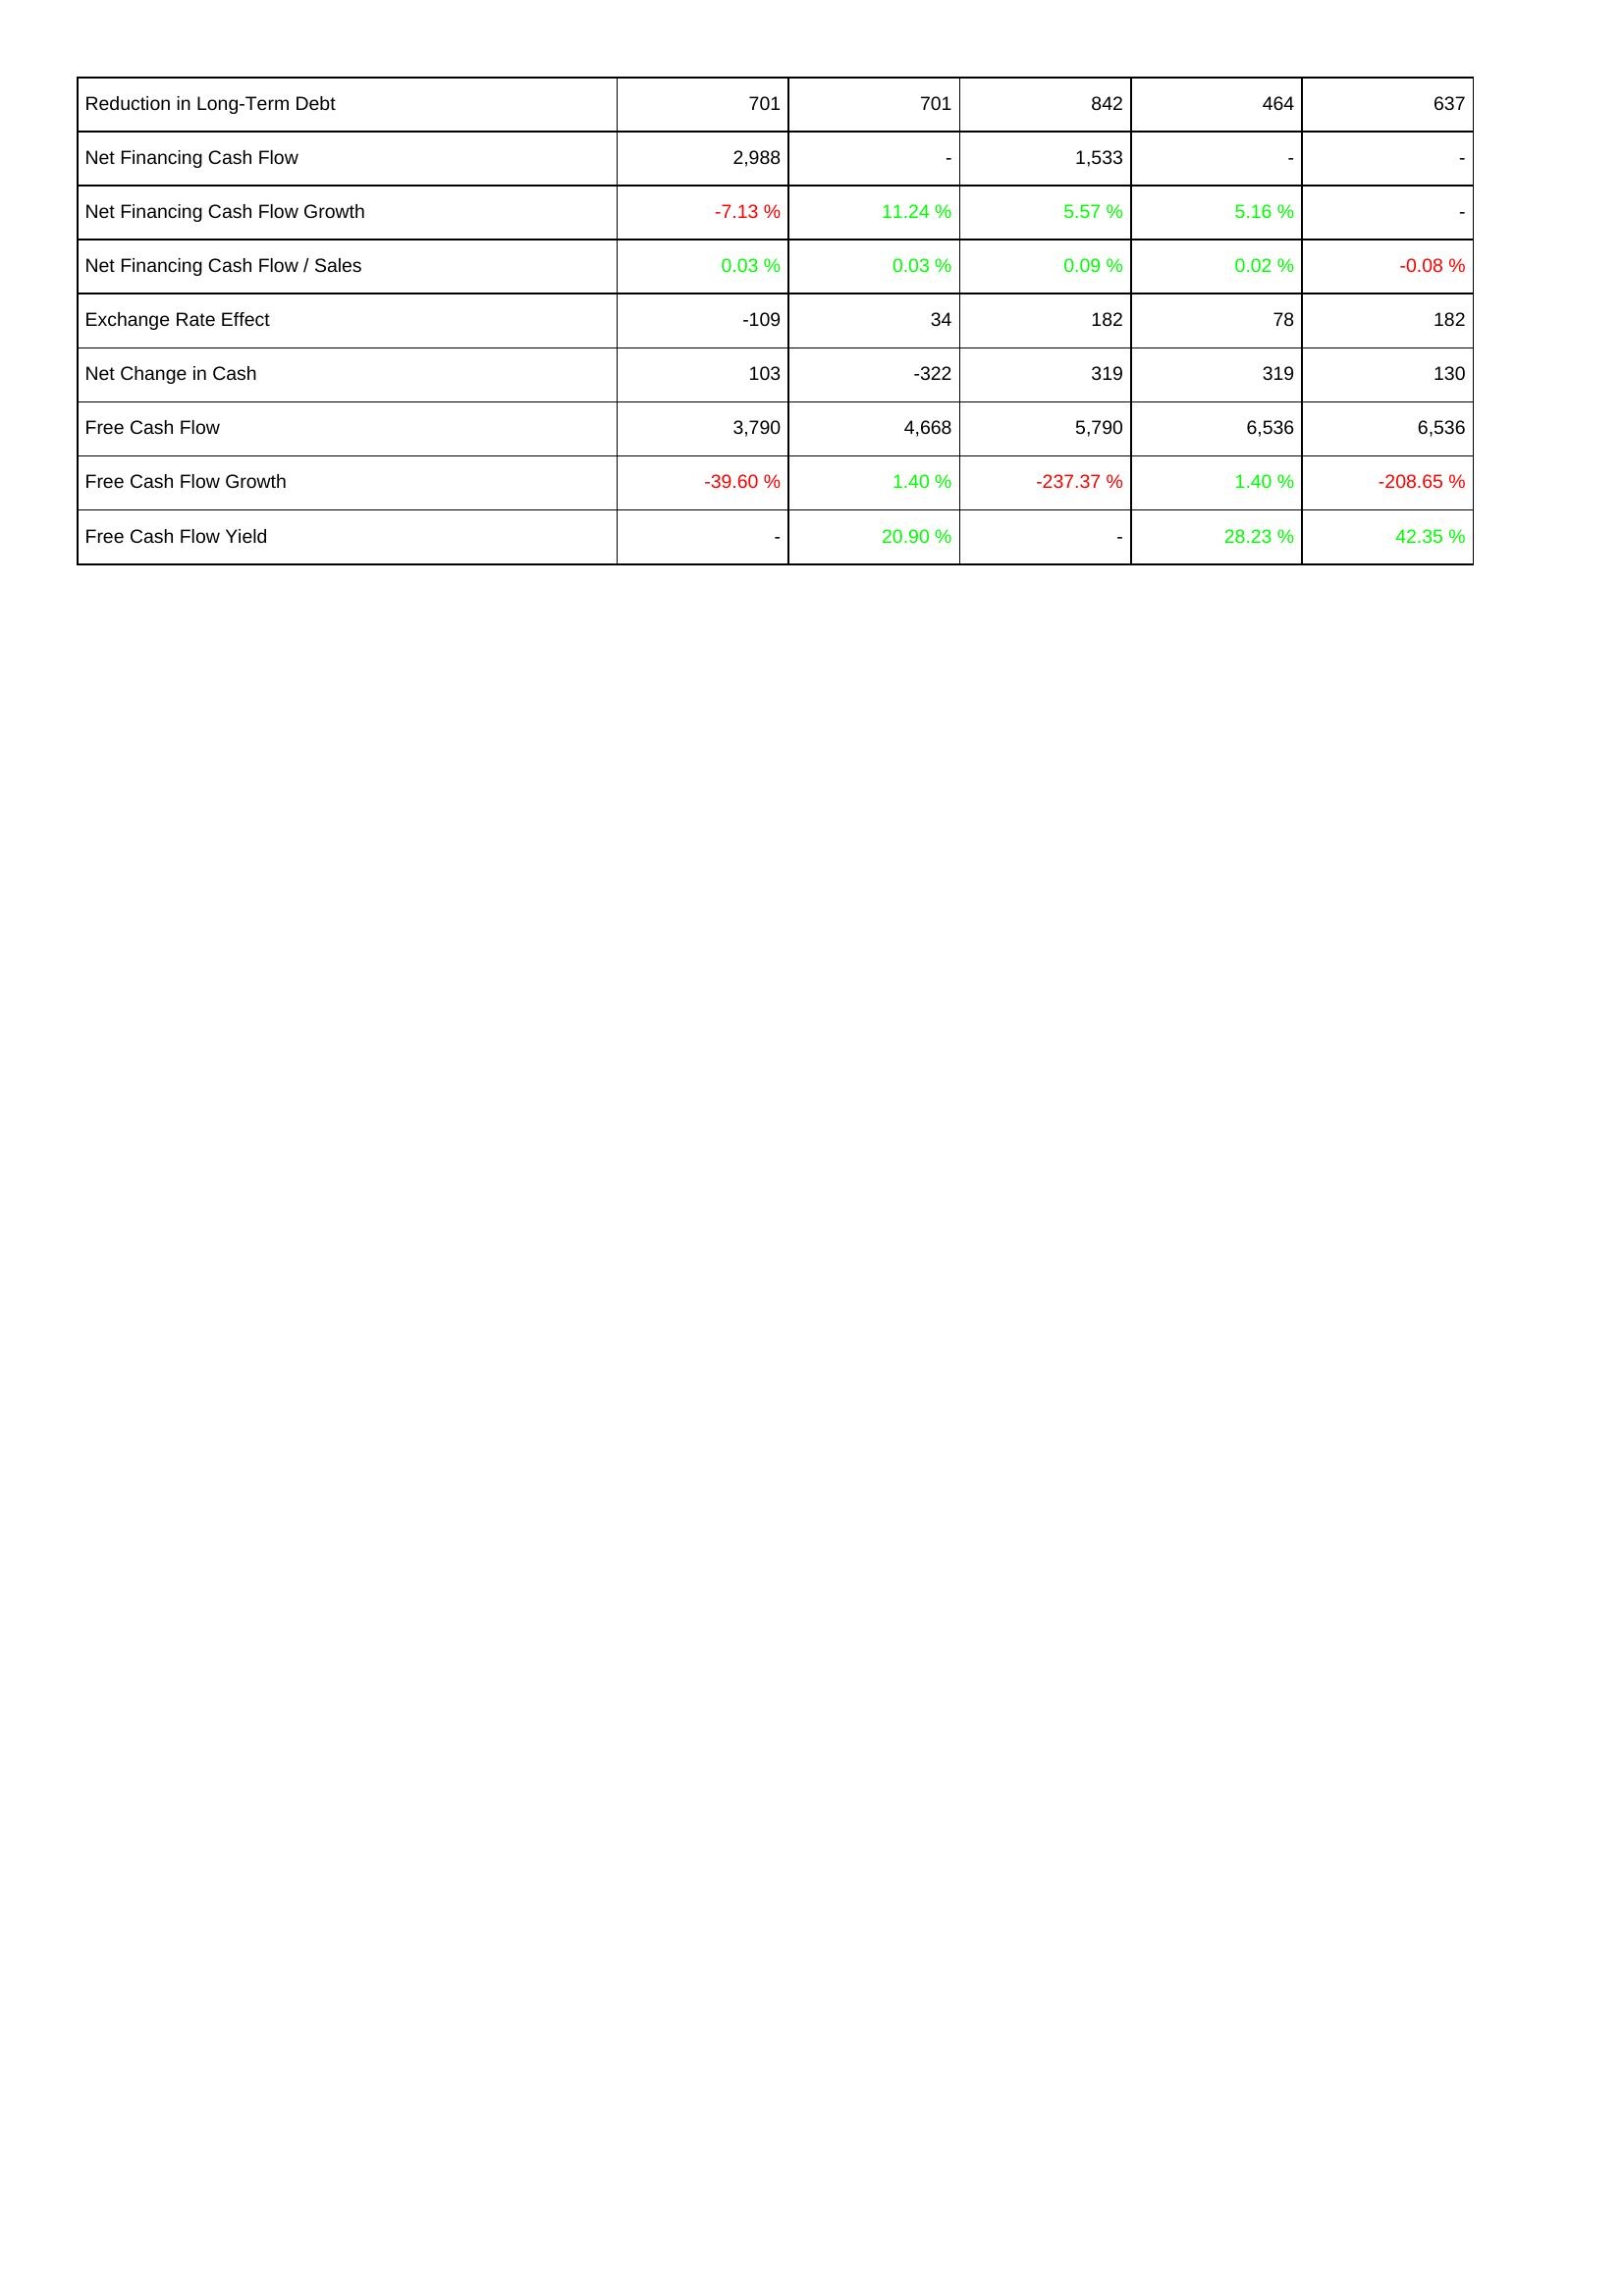
2011: Financing Activities: Reduction in Long-Term Debt: 701
Net Financing Cash Flow: 2,988
Net Financing Cash Flow Growth: -7.13 %
Net Financing Cash Flow / Sales: 0.03 %
Exchange Rate Effect: -109
Net Change in Cash: 103
Free Cash Flow: 3,790
Free Cash Flow Growth: -39.60 %
Free Cash Flow Yield: -
2012: Financing Activities: Reduction in Long-Term Debt: 701
Net Financing Cash Flow: -
Net Financing Cash Flow Growth: 11.24 %
Net Financing Cash Flow / Sales: 0.03 %
Exchange Rate Effect: 34
Net Change in Cash: -322
Free Cash Flow: 4,668
Free Cash Flow Growth: 1.40 %
Free Cash Flow Yield: 20.90 %
2013: Financing Activities: Reduction in Long-Term Debt: 842
Net Financing Cash Flow: 1,533
Net Financing Cash Flow Growth: 5.57 %
Net Financing Cash Flow / Sales: 0.09 %
Exchange Rate Effect: 182
Net Change in Cash: 319
Free Cash Flow: 5,790
Free Cash Flow Growth: -237.37 %
Free Cash Flow Yield: -
2014: Financing Activities: Reduction in Long-Term Debt: 464
Net Financing Cash Flow: -
Net Financing Cash Flow Growth: 5.16 %
Net Financing Cash Flow / Sales: 0.02 %
Exchange Rate Effect: 78
Net Change in Cash: 319
Free Cash Flow: 6,536
Free Cash Flow Growth: 1.40 %
Free Cash Flow Yield: 28.23 %
2015: Financing Activities: Reduction in Long-Term Debt: 637
Net Financing Cash Flow: -
Net Financing Cash Flow Growth: -
Net Financing Cash Flow / Sales: -0.08 %
Exchange Rate Effect: 182
Net Change in Cash: 130
Free Cash Flow: 6,536
Free Cash Flow Growth: -208.65 %
Free Cash Flow Yield: 42.35 %